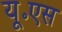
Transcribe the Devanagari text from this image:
यू॰एस